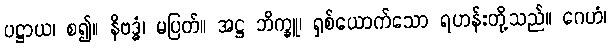
ပဋ္ဌာယ၊ စ၍။ နိဗဒ္ဓံ၊ မပြတ်။ အဋ္ဌ ဘိက္ခူ၊ ရှစ်ယောက်သော ရဟန်းတို့သည်။ ဂေဟံ၊